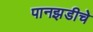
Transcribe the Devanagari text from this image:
पानझडीचे